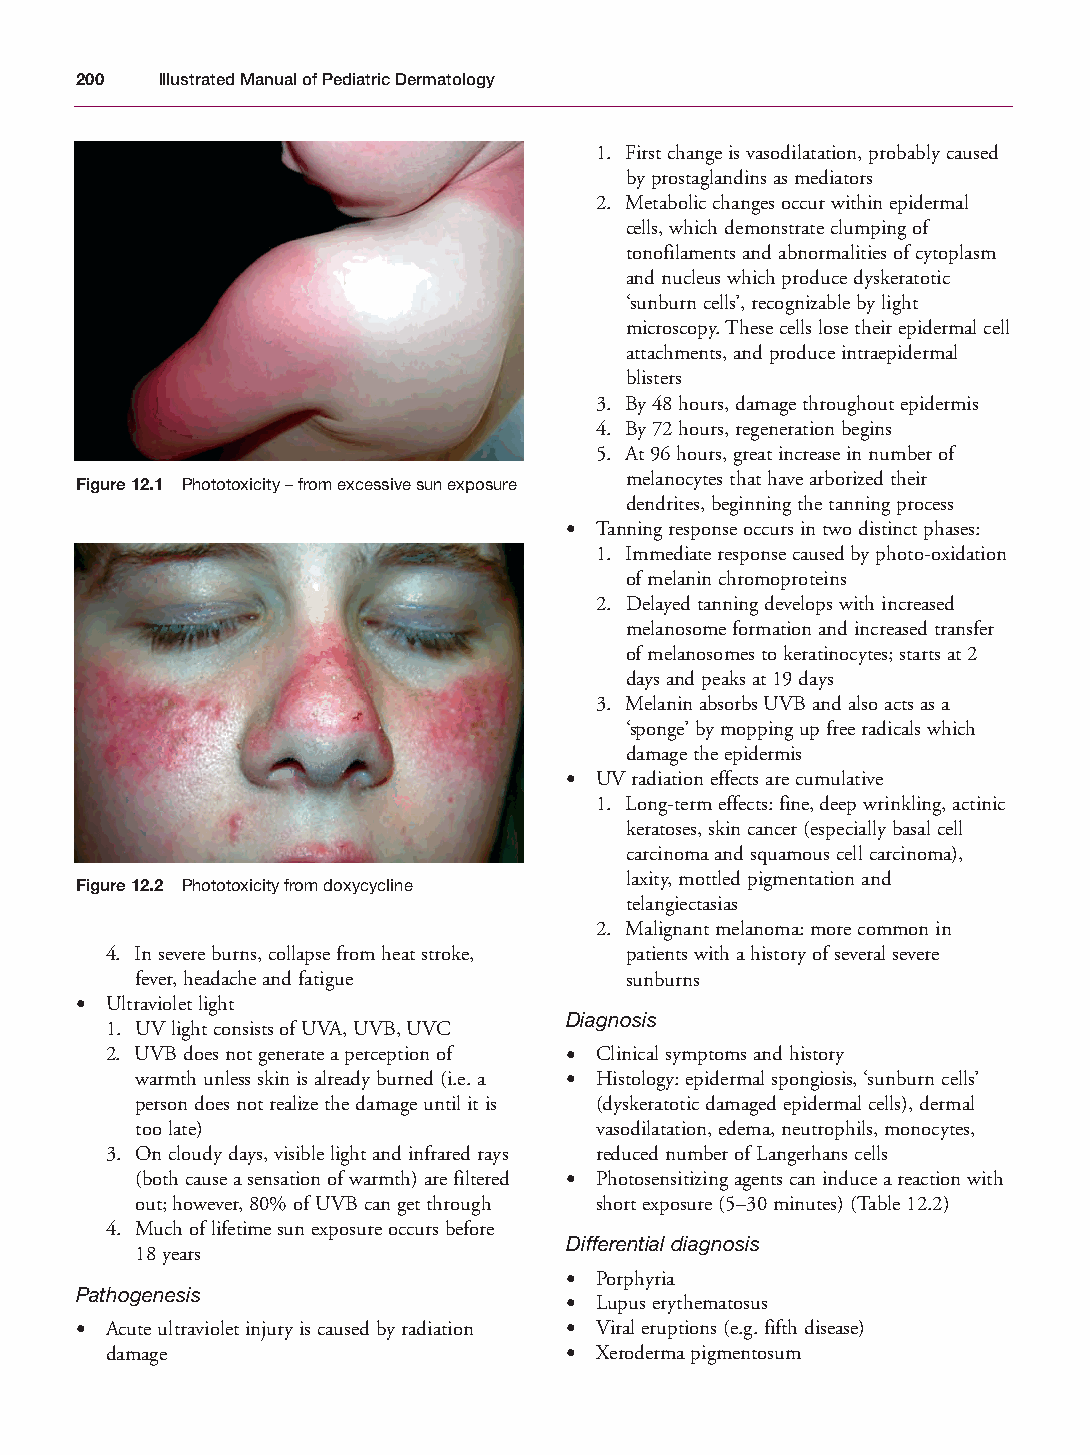
Mallory Chapter 12 27/1/05 2:27 pm Page 200
 200  Illustrated Manual of Pediatric Dermatology
 1. First change is vasodilatation, probably caused
 by prostaglandins as mediators
 2. Metabolic changes occur within epidermal
 cells, which demonstrate clumping of
 tonofilaments and abnormalities of cytoplasm
 and nucleus which produce dyskeratotic
 ‘sunburn cells’, recognizable by light
 microscopy. These cells lose their epidermal cell
 attachments, and produce intraepidermal
 blisters
 3. By 48 hours, damage throughout epidermis
 4. By 72 hours, regeneration begins
 5. At 96 hours, great increase in number of
 melanocytes that have arborized their
 Figure 12.1 Phototoxicity – from excessive sun exposure
 dendrites, beginning the tanning process
 • Tanning response occurs in two distinct phases:
 1. Immediate response caused by photo-oxidation
 of melanin chromoproteins
 2. Delayed tanning develops with increased
 melanosome formation and increased transfer
 of melanosomes to keratinocytes; starts at 2
 days and peaks at 19 days
 3. Melanin absorbs UVB and also acts as a
 ‘sponge’ by mopping up free radicals which
 damage the epidermis
 • UV radiation effects are cumulative
 1. Long-term effects: fine, deep wrinkling, actinic
 keratoses, skin cancer (especially basal cell
 carcinoma and squamous cell carcinoma),
 laxity, mottled pigmentation and
 Figure 12.2 Phototoxicity from doxycycline
 telangiectasias
 2. Malignant melanoma: more common in
 4. In severe burns, collapse from heat stroke, patients with a history of several severe
 fever, headache and fatigue     sunburns
 • Ultraviolet light
 Diagnosis
 1. UV light consists of UVA, UVB, UVC
 2. UVB does not generate a perception of • Clinical symptoms and history
 warmth unless skin is already burned (i.e. a • Histology: epidermal spongiosis, ‘sunburn cells’
 person does not realize the damage until it is (dyskeratotic damaged epidermal cells), dermal
 too late)                     vasodilatation, edema, neutrophils, monocytes,
 3. On cloudy days, visible light and infrared rays reduced number of Langerhans cells
 (both cause a sensation of warmth) are filtered • Photosensitizing agents can induce a reaction with
 out; however, 80% of UVB can get through short exposure (5–30 minutes) (Table 12.2)
 4. Much of lifetime sun exposure occurs before
 Differential diagnosis
 18 years
 • Porphyria
 Pathogenesis
 • Lupus erythematosus
 • Acute ultraviolet injury is caused by radiation • Viral eruptions (e.g. fifth disease)
 damage                        • Xeroderma pigmentosum